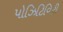
પોઝિટિવિટી